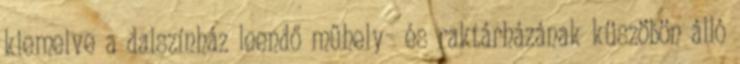
kiemelve a dalszínház leendő műhely- és raktárházának küszöbön álló